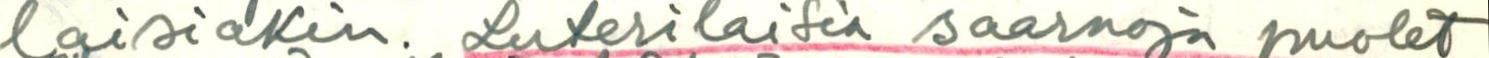
laisiakin. Luterilaisia saarnoja puolet